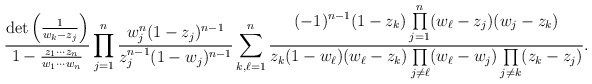
\begin{align*}\frac{\det\left(\frac 1{w_k-z_j}\right)}{1-\frac{z_1\cdots z_n}{w_1\cdots w_n}}\prod\limits_{j=1}^{n}\frac{w_j^n(1-z_j)^{n-1}}{z_j^{n-1}(1-w_j)^{n-1}}\sum\limits_{k,\ell=1}^n\frac{(-1)^{n-1}(1-z_k)\prod\limits_{j=1}^n(w_\ell-z_j)(w_j-z_k)}{z_k(1-w_\ell)(w_\ell-z_k)\prod\limits_{j\neq \ell}(w_\ell-w_j)\prod\limits_{j\neq k}(z_k-z_j)}.\end{align*}